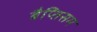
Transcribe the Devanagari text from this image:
बैप्तिसम